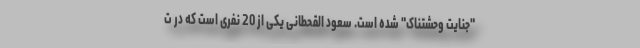
"جنایت وحشتناک" شده است. سعود القحطانی یکی از 20 نفری است که در ت